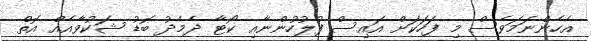
އެހެންނަމަވެސް މި ފަހަކަށް އައިސް ފުލުހުންނާއި ކޯޓާ ދެމެދު ބޮޑު ޝަކުވާއެއް އޮތް